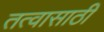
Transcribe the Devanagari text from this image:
तत्वासाठी